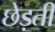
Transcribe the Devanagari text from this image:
छेड़ती